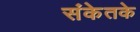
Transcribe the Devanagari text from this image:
संकेतके